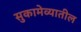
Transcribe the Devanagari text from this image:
सुकामेव्यातील